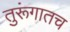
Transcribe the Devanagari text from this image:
तुरूंगातच